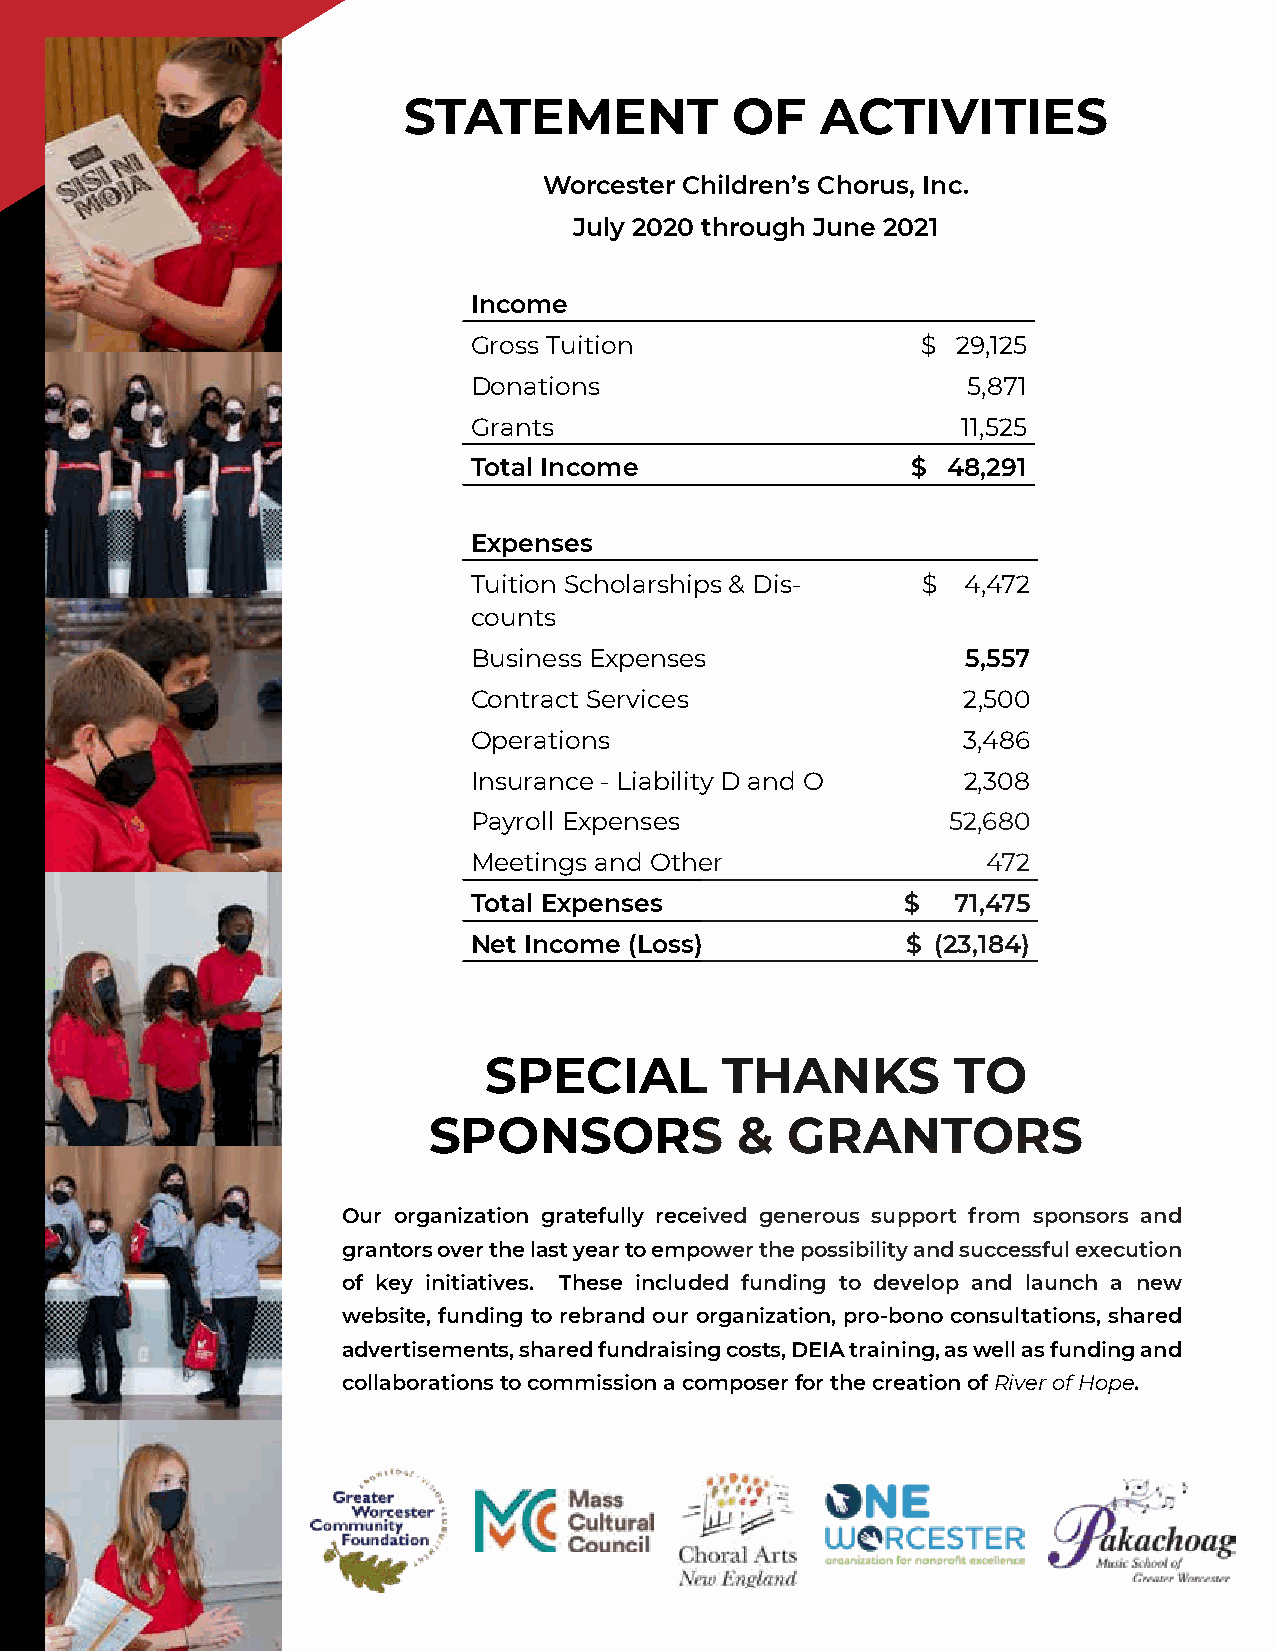
STATEMENT            OF    ACTIVITIES
 Worcester Children’s Chorus, Inc.
 July 2020 through June 2021
 Income
 Gross Tuition                 $ 29,125
 Donations                        5,871
 Grants                           11,525
 Total Income                 $  48,291
 Expenses
 Tuition Scholarships & Dis-   $  4,472
 counts
 Business Expenses                5,557
 Contract Services                2,500
 Operations                       3,486
 Insurance - Liability D and O    2,308
 Payroll Expenses                52,680
 Meetings and Other                472
 Total Expenses               $  71,475
 Net Income (Loss)            $ (23,184)
 SPECIAL         THANKS         TO
 SPONSORS             &  GRANTORS
 Our organization gratefully received generous support from sponsors and
 grantors over the last year to empower the possibility and successful execution
 of key initiatives. These included funding to develop and launch a new
 website, funding to rebrand our organization, pro-bono consultations, shared
 advertisements, shared fundraising costs, DEIA training, as well as funding and
 collaborations to commission a composer for the creation of River of Hope.